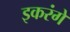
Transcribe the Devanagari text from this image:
इकरंगे